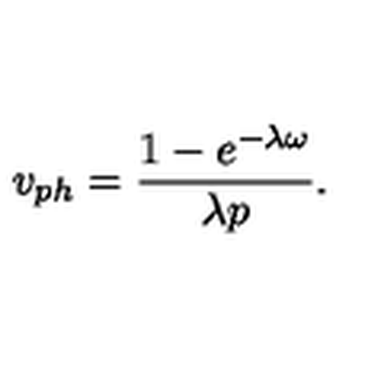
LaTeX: v _ { p h } = \frac { 1 - e ^ { - \lambda \omega } } { \lambda p } .